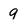
Character: 9